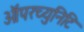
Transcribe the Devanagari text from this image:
ऑपरच्युनिटि